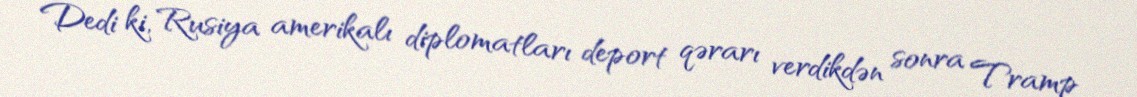
Dedi ki, Rusiya amerikalı diplomatları deport qərarı verdikdən sonra Tramp